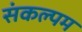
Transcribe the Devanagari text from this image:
संकल्पम